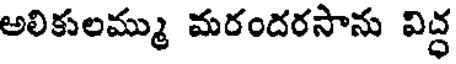
అలికులమ్ము మరందరసాను విద్ధ